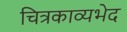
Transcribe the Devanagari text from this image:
चित्रकाव्यभेद